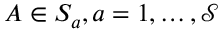
A \in S _ { a } , a = 1 , \ldots , \mathcal { S }